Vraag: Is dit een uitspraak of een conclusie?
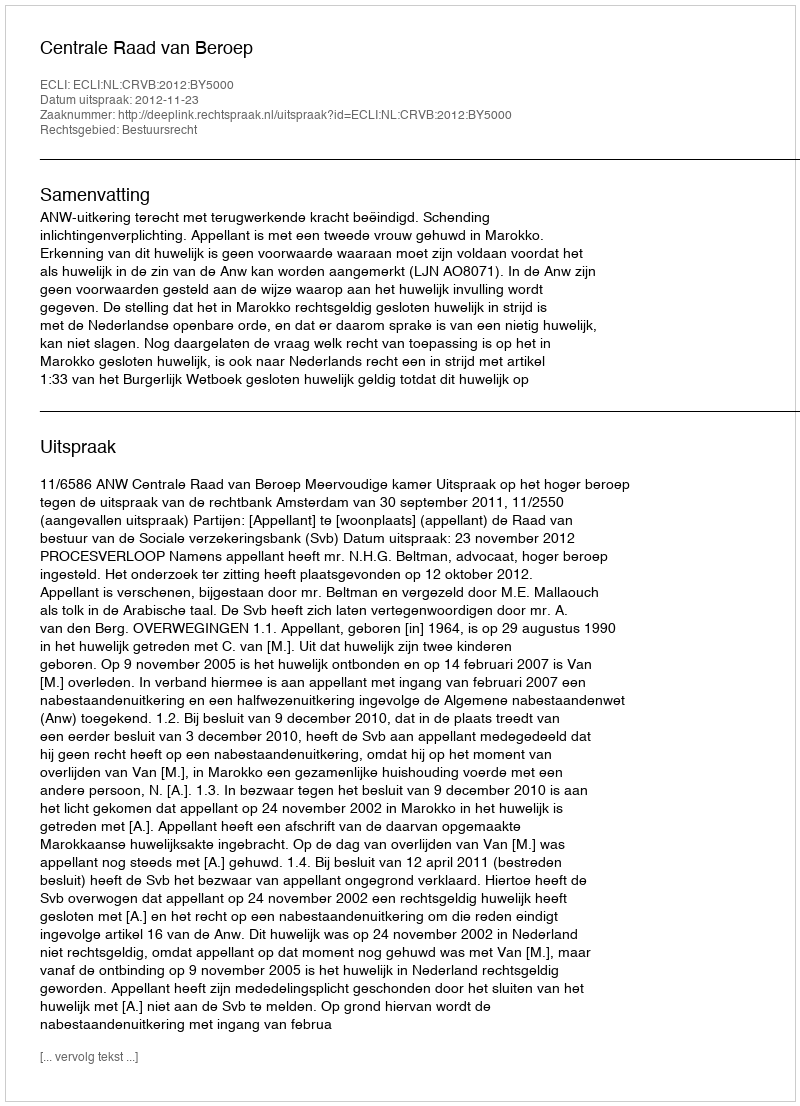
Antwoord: Uitspraak